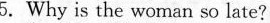
5. Why is the woman so late?